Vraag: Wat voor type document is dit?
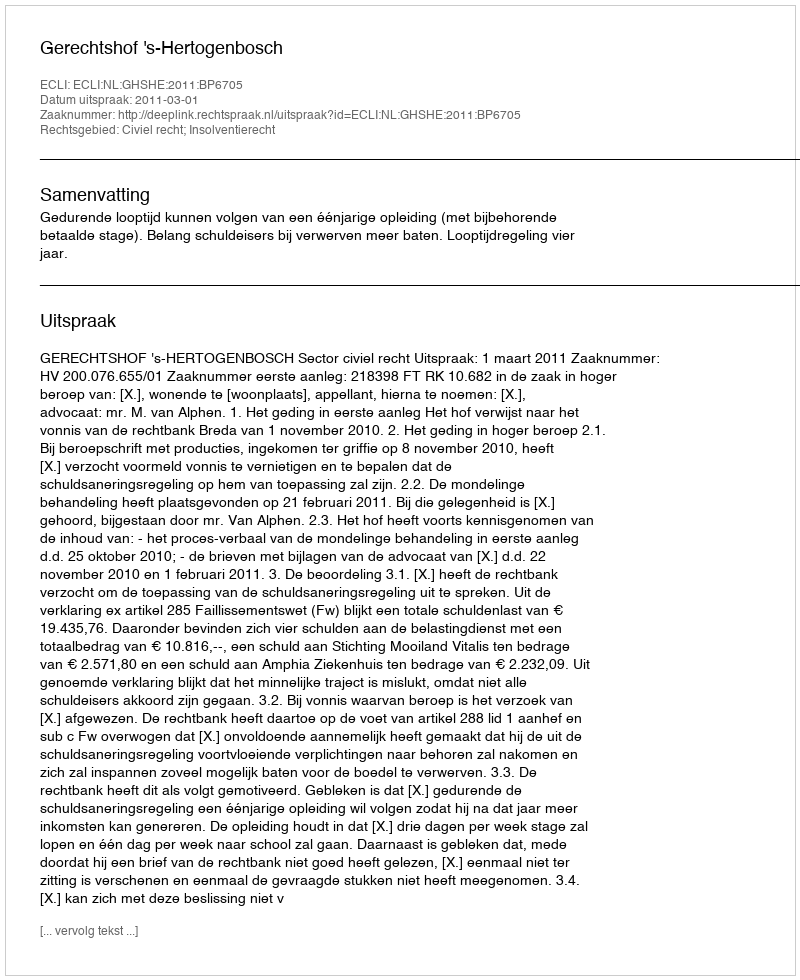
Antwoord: Uitspraak